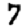
Digit: 7